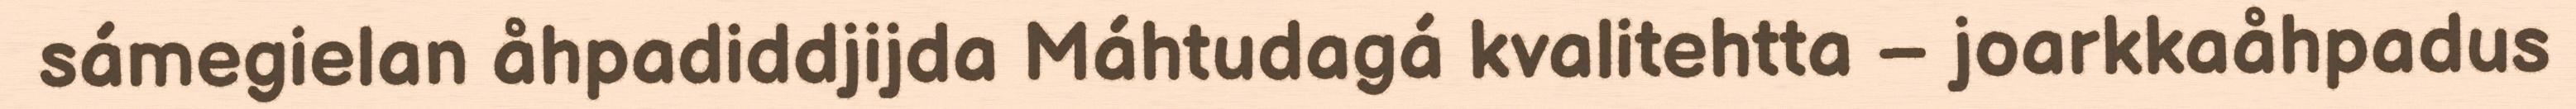
sámegielan åhpadiddjijda Máhtudagá kvalitehtta – joarkkaåhpadus